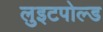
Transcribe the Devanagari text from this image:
लुइटपोल्ड